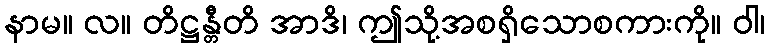
နာမ။ လ။ တိဋ္ဌန္တီတိ အာဒိ၊ ဤသို့အစရှိသောစကားကို။ ဝါ၊